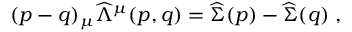
( p - q ) _ { \mu } \widehat { \Lambda } ^ { \mu } ( p , q ) = \widehat { \Sigma } ( p ) - \widehat { \Sigma } ( q ) \; ,